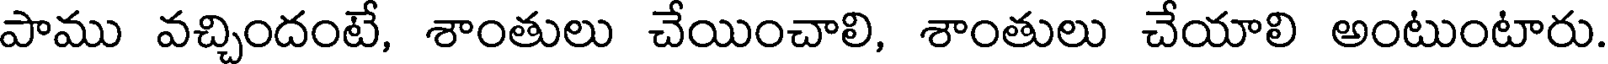
పాము వచ్చిందంటే, శాంతులు చేయించాలి, శాంతులు చేయాలి అంటుంటారు